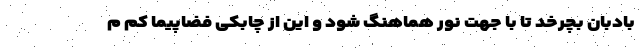
بادبان بچرخد تا با جهت نور هماهنگ شود و این از چابکی فضاپیما کم م